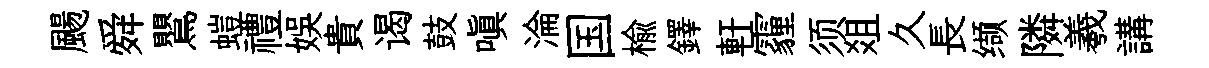
颺舜鸎螘禮娱貴谒鼓嗔淪国榆鐸軒霾须爼久長缬隣羲講